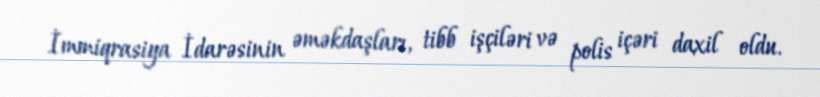
İmmiqrasiya İdarəsinin əməkdaşları, tibb işçiləri və polis içəri daxil oldu.